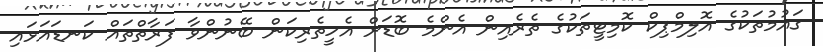
ގައުމުތަކުގެ އޮލިމްޕިކް ކޮމިޓީތަކުގެ ތެރެއިން އެންމެ ބޮޑަށް އެހީތެރިކަން ބޭނުންވާ ފަރާތްތައް ކަނޑައަޅައި